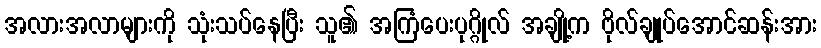
အလားအလာများကို သုံးသပ်နေပြီး သူ၏ အကြံပေးပုဂ္ဂိုလ် အချို့က ဗိုလ်ချုပ်အောင်ဆန်းအား